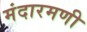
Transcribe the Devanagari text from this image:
मंदारमणी